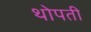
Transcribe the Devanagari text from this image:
थोपती